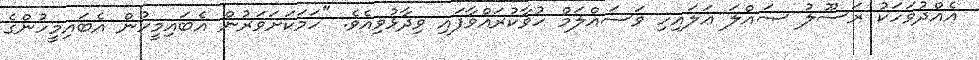
އެއްދުވަހަކު ރަސޫލު ޞައްލަ ޢަލައިހި ވަސައްލަމް ހުވާކުރައްވާފައި ވިދާޅުވިއެވެ. "ހަމަކަށަވަރުން އެބައިމީހުން އެބައިމީހުންގެ